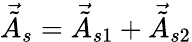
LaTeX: \vec{\tilde{A}}_{s}=\vec{\tilde{A}}_{s1}+\vec{\tilde{A}}_{s2}